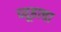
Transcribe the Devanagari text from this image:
व्यूहाचा